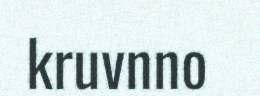
kruvnno